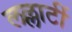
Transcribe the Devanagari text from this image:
लल्लाटीं